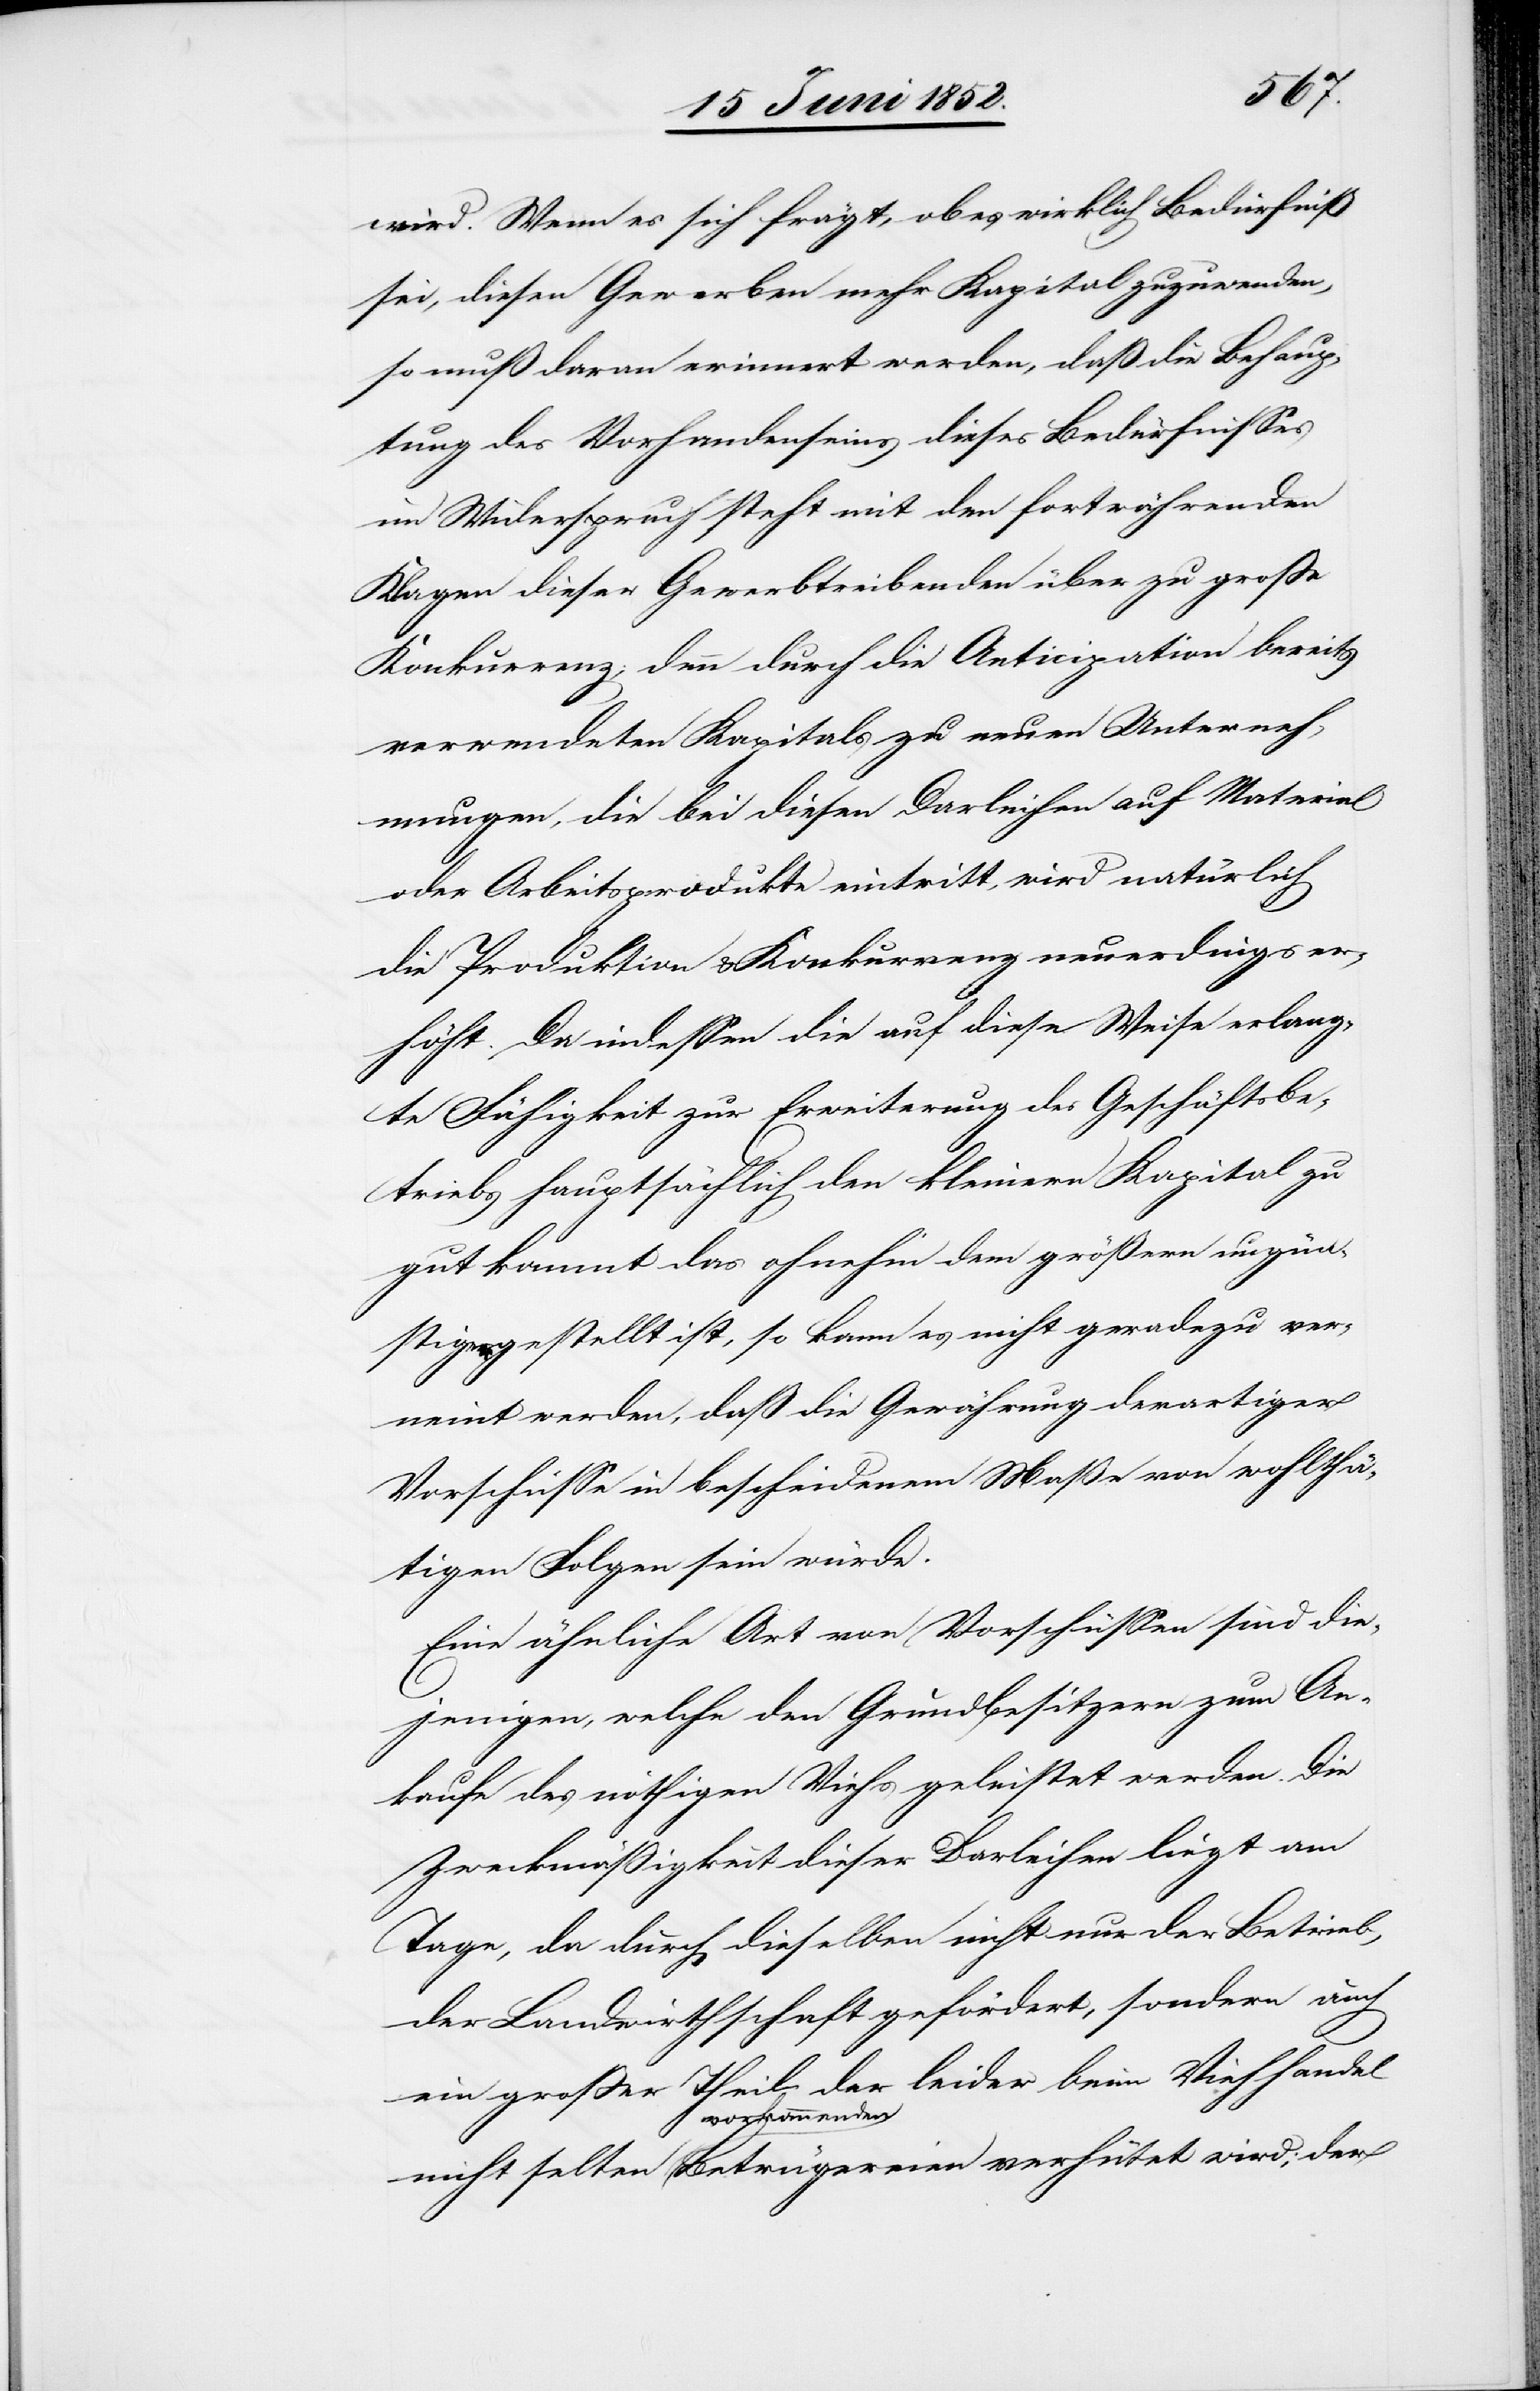
wird. Wenn es sich frägt, ob es wirklich Bedürfniß
sei, diesen Gewerben mehr Kapital zuzuwenden,
so muß daran erinnert werden, daß die Behaup¬
tung des Vorhandenseins dieses Bedürfnisses
im Widerspruch steht mit den fortwährenden
Klagen dieser Gewerbtreibenden über zu grosse
Konkurrenz; denn durch die Anticipation bereits
verwendeten Kapitals zu neuen Unterneh¬
mungen, die bei diesen Darleihen auf Material
oder Arbeitsprodukte eintritt, wird natürlich
die Produktion & Konkurrenz neuerdings er¬
höht. Da indessen die auf diese Weise erlang¬
te Fähigkeit zur Erweiterung des Geschäftsbe¬
triebs hauptsächlich den [sic!] kleinern Kapital zu
gut kommt das ohnehin dem größern ungün¬
stiger gestellt ist, so kann es nicht geradezu ver¬
neint werden, daß die Gewährung derartiger
Vorschüsse in bescheidenem Maße von wohlthä¬
tigen Folgen sein würde.
Eine ähnliche Art von Vorschüssen sind die¬
jenigen, welche den Grundbesitzern zum An¬
kaufe des nöthigen Viehs geleistet werden. Die
Zweckmäßigkeit dieser Darleihen liegt am
Tage, da durch dieselben nicht nur der Betrieb,
der Landwirthschaft gefördert, sondern auch
ein grosser Theil der leider beim Viehhandel
der
Betrügereien